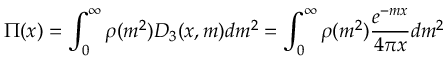
\Pi ( x ) = \int _ { 0 } ^ { \infty } \rho ( m ^ { 2 } ) D _ { 3 } ( x , m ) d m ^ { 2 } = \int _ { 0 } ^ { \infty } \rho ( m ^ { 2 } ) { \frac { e ^ { - m x } } { 4 \pi x } } d m ^ { 2 }